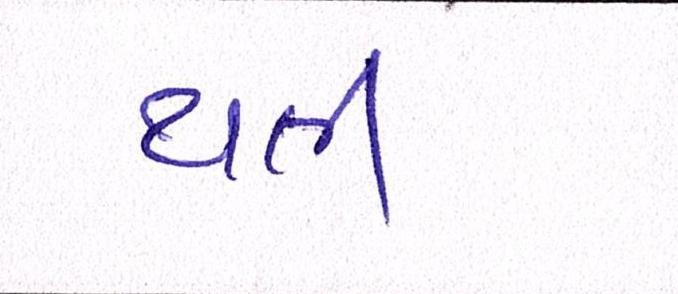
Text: થતી